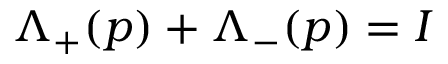
\Lambda _ { + } ( p ) + \Lambda _ { - } ( p ) = I